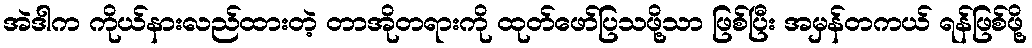
အဲဒါက ကိုယ်နားလည်ထားတဲ့ တာအိုတရားကို ထုတ်ဖော်ပြသဖို့သာ ဖြစ်ပြီး အမှန်တကယ် ရန်ဖြစ်ဖို့